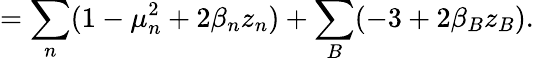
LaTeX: =\sum_{n}(1-\mu_{n}^{2}+2\beta_{n}z_{n})+\sum_{B}(-3+2\beta_{B}z_{B}).